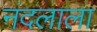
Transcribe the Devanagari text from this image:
नंदलाला